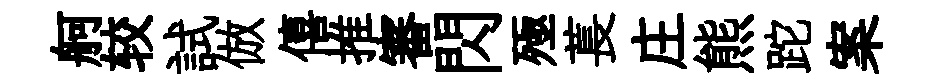
舸较試倣僖推審閃殛萇庄熊跎案